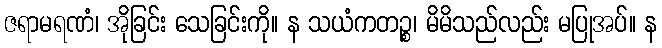
ဇရာမရဏံ၊ အိုခြင်း သေခြင်းကို။ န သယံကတဉ္စ၊ မိမိသည်လည်း မပြုအပ်။ န